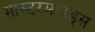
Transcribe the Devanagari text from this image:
मास्टरमाइंड्स